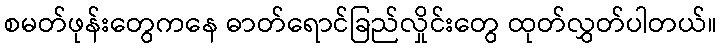
စမတ်ဖုန်းတွေကနေ ဓာတ်ရောင်ခြည်လှိုင်းတွေ ထုတ်လွှတ်ပါတယ်။